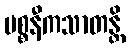
ပစ္စနီကသာတန္တိ